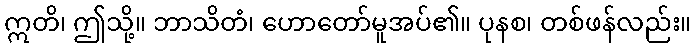
ဣတိ၊ ဤသို့။ ဘာသိတံ၊ ဟောတော်မူအပ်၏။ ပုနစ၊ တစ်ဖန်လည်း။